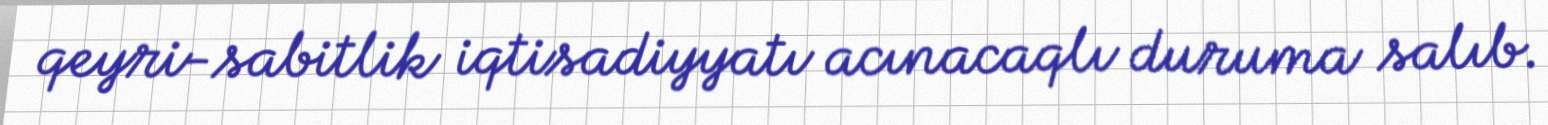
qeyri-sabitlik iqtisadiyyatı acınacaqlı duruma salıb.